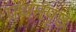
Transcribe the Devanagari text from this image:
प्रथमपृष्ठ